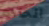
الخاتم